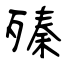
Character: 殝